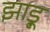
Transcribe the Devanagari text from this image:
झाडू़